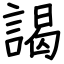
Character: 謁